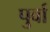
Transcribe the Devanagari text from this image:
पुर्वा